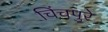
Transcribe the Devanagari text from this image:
चिंचपुरे